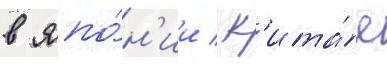
в япо́н'ии / к'ита́е